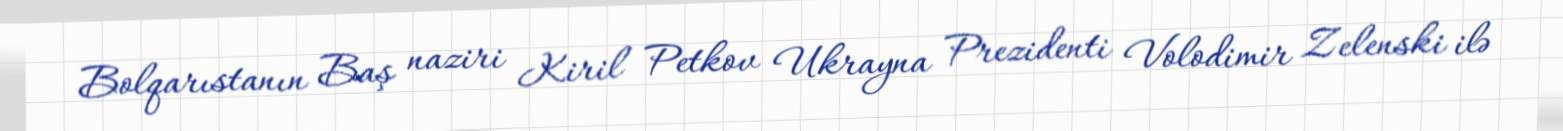
Bolqarıstanın Baş naziri Kiril Petkov Ukrayna Prezidenti Volodimir Zelenski ilə